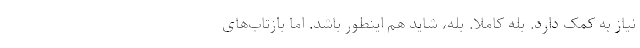
نیاز به کمک دارد. بله کاملا. بله، شاید هم اینطور باشد. اما بازتاب‌های